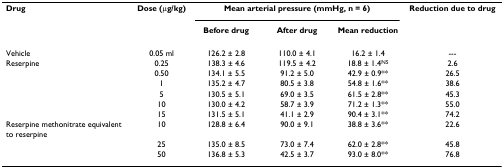
| Drug | Dose (μg/kg) | <COLSPAN=3> Mean arterial pressure (mmHg, n = 6) | Reduction due to drug |
 |  |  | Before drug | After drug | Mean reduction |  |
 | --- | --- | --- | --- | --- | --- |
 | Vehicle | 0.05 ml | 126.2 ± 2.8 | 110.0 ± 4.1 | 16.2 ± 1.4 | --- |
 | Reserpine | 0.25 | 138.3 ± 4.6 | 119.5 ± 4.2 | 18.8 ± 1.4NS | 2.6 |
 |  | 0.50 | 134.1 ± 5.5 | 91.2 ± 5.0 | 42.9 ± 0.9** | 26.5 |
 |  | 1 | 135.2 ± 4.7 | 80.5 ± 3.8 | 54.8 ± 1.6** | 38.6 |
 |  | 5 | 130.5 ± 5.1 | 69.0 ± 3.5 | 61.5 ± 2.8** | 45.3 |
 |  | 10 | 130.0 ± 4.2 | 58.7 ± 3.9 | 71.2 ± 1.3** | 55.0 |
 |  | 15 | 131.5 ± 5.1 | 41.1 ± 2.9 | 90.4 ± 3.1** | 74.2 |
 | Reserpine methonitrate equivalent to reserpine | 10 | 128.8 ± 6.4 | 90.0 ± 9.1 | 38.8 ± 3.6** | 22.6 |
 |  | 25 | 135.0 ± 8.5 | 73.0 ± 7.4 | 62.0 ± 2.8** | 45.8 |
 |  | 50 | 136.8 ± 5.3 | 42.5 ± 3.7 | 93.0 ± 8.0** | 76.8 |